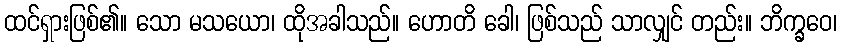
ထင်ရှားဖြစ်၏။ သော မသယော၊ ထိုအခါသည်။ ဟောတိ ခေါ၊ ဖြစ်သည် သာလျှင် တည်း။ ဘိက္ခဝေ၊